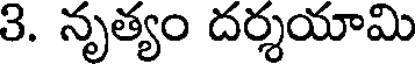
3. నృత్యం దర్శయామి